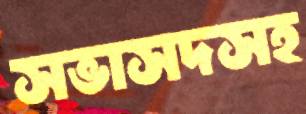
সভাসদসহ